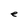
Character: e